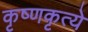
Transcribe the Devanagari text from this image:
कृष्णकृत्ये